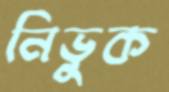
নিভুক